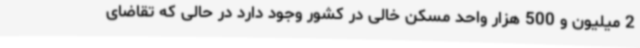
2 میلیون و 500 هزار واحد مسکن خالی در کشور وجود دارد در حالی که تقاضای